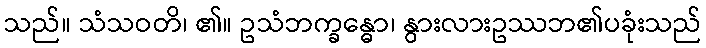
သည်။ သံသဝတိ၊ ၏။ ဥသံဘက္ခန္ဓော၊ နွားလားဥဿဘ၏ပခုံးသည်